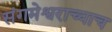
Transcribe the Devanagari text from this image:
संगमेश्वराच्याच